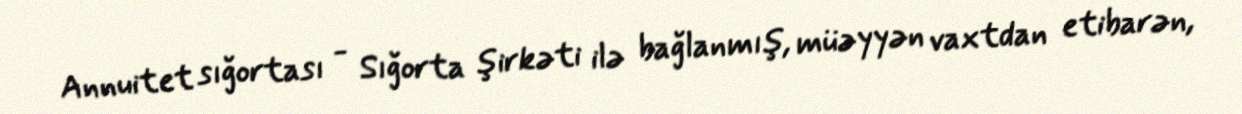
Annuitet sığortası - Sığorta şirkəti ilə bağlanmış, müəyyən vaxtdan etibarən,